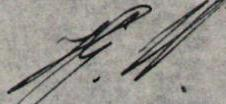
J.W.